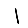
Digit: 1